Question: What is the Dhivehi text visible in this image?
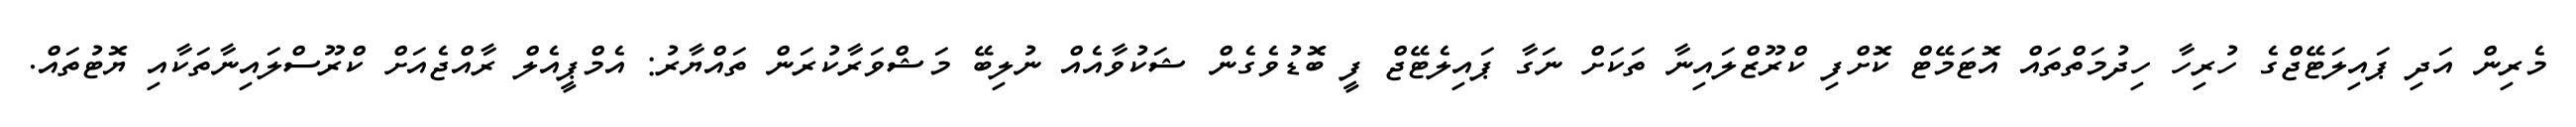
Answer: މެރިން އަދި ޕައިލަޓޭޖްގެ ހުރިހާ ހިދުމަތްތައް އޮޓަމޭޓް ކޮށްފި ކްރޫޒްލައިނާ ތަކަށް ނަގާ ޕައިލެޓޭޖް ފީ ބޮޑުވެގެން ޝަކުވާއެއް ނުލިބޭ މަޝްވަރާކުރަން ތައްޔާރު: އެމްޕީއެލް ރާއްޖެއަށް ކްރޫސްލައިނާތަކާއި ޔޮޓުތައް.